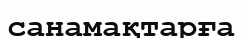
санамақтарға